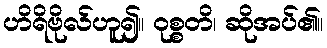
ဟိရိဗိုလ်ဟူ၍။ ဝုစ္စတိ၊ ဆိုအပ်၏။